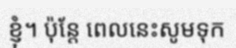
ខ្ញុំ។ ប៉ុន្តែ ពេលនេះសូមទុក